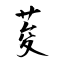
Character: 荾